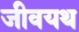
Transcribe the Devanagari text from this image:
जीवयथ